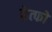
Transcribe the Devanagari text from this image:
हेत्फो